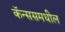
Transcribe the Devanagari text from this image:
कॅन्ससमधील